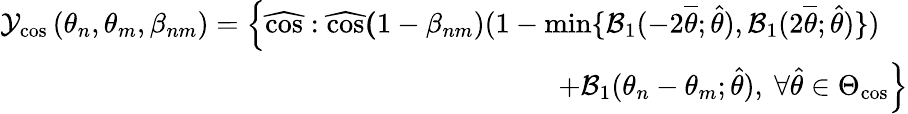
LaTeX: \begin{array}{r}{\mathcal{Y}_{\mathrm{cos}}\left(\theta_{n},\theta_{m},\beta_{nm}\right)=\Big\{ \widehat{\mathrm{cos}}:\widehat{\mathrm{cos}}\le(1-\beta_{nm})(1-\operatorname*{min}\{ \mathcal{B}_{1}(-2\overline{{\theta}};\hat{\theta}),\mathcal{B}_{1}(2\overline{{\theta}};\hat{\theta})\} )\quad}\\ {+\mathcal{B}_{1}(\theta_{n}-\theta_{m};\hat{\theta}),~\forall\hat{\theta}\in\Theta_{\mathrm{cos}}\Big\} }\end{array}